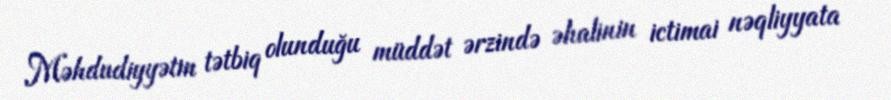
Məhdudiyyətin tətbiq olunduğu müddət ərzində əhalinin ictimai nəqliyyata